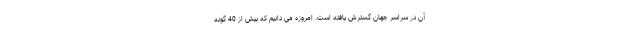
آن در سراسر جهان گسترش یافته است. امروزه می دانیم که بیش از 40 گونه